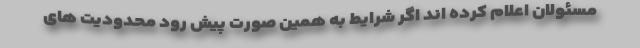
مسئولان اعلام کرده اند اگر شرایط به همین صورت پیش رود محدودیت های